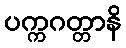
ပက္ကဂတ္တာနိ